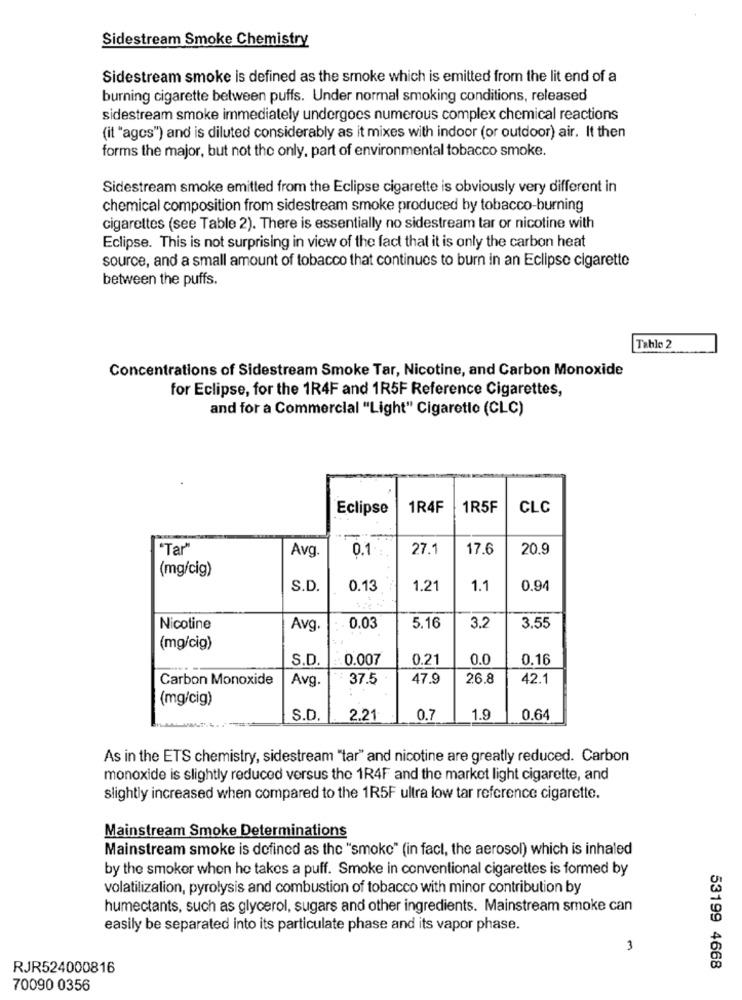
Sidestream Smoke Chemistry
Sidestream smoke is defined as the smoke which is emitted from the lit end of a
burning cigarette between puffs. Under normal smoking conditions, released
sidestream smoke immediately undergoes numerous complex chemical reactions
(it "agos") and is diluted considerably as it mixes with indoor (or outdoor) air. It then
forms the major, but not the only, part of environmental tobacco smoke.
Sidestream smoke emitted from the Eclipse cigarette is obviously very different in
chemical composition from sidestream smoke produced by tobacco-burning
cigarettes (see Table 2). There is essentially no sidestream tar or nicotine with
Eclipse. This is not surprising in view of the fact that it is only the carbon heat
source, and a small amount of tobacco that continues to burn in an Eclipse cigarette
between the puffs.
Tablo 2
Concentrations of Sidestream Smoke Tar, Nicotine, and Carbon Monoxide
for Eclipse, for the 1R4F and 1R5F Reference Cigarettes,
and for a Commercial "Light" Cigaretlo (CLC)
Eclipse
1R4F
1R5F
CLC
"Tar"
Avg.
0.1 :
27.1
17.6
20.9
(mg/cig)
S.D.
0.13
1.21
1.1
0.94
Nicotine
Avg.
. 0.03
5.16
3.2
3.55
(mg/cig)
S.D.
.0.007
0.21
0.0
0.16
Carbon Monoxide
Avg.
37.5
47.9
26.8
42.1
(mg/cig)
S.D.
2.21
0.7
1.9
0.64
As in the ETS chemistry, sidestream "tar" and nicotine are greatly reduced. Carbon
monoxide is slightly reduced versus the 1R4F and the market light cigarette, and
slightly increased when compared to the 1R5F ultra low tar reference cigarette.
Mainstream Smoke Determinations
Mainstream smoke is defined as the "smoke" (in fact, the aerosol) which is inhaled
by the smoker when he takes a puff. Smoke in conventional cigarettes is formed by
volatilization, pyrolysis and combustion of tobacco with minor contribution by
humectants, such as glycerol, sugars and other ingredients. Mainstream smoke can
easily be separated into its particulate phase and its vapor phase.
3
RJR524000816
53199 4668
70090 0356